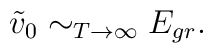
\tilde{v}_{0} \sim_{T \to \infty} E_{gr} .